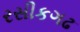
રસીકગઢ